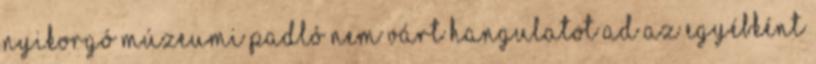
nyikorgó múzeumi padló nem várt hangulatot ad az egyébként